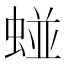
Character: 䗒